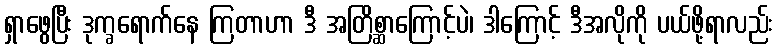
ရှာဖွေပြီး ဒုက္ခရောက်နေ ကြတာဟာ ဒီ အတြိစ္ဆာကြောင့်ပဲ၊ ဒါကြောင့် ဒီအလိုကို ပယ်ဖို့ရာလည်း